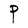
Character: P